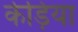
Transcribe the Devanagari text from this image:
केड़िया